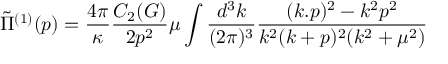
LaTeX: \tilde { \Pi } ^ { ( 1 ) } ( p ) = \frac { 4 \pi } { \kappa } \frac { C _ { 2 } ( G ) } { 2 p ^ { 2 } } \mu \int \frac { d ^ { 3 } k } { ( 2 \pi ) ^ { 3 } } \frac { ( k . p ) ^ { 2 } - k ^ { 2 } p ^ { 2 } } { k ^ { 2 } ( k + p ) ^ { 2 } ( k ^ { 2 } + \mu ^ { 2 } ) }